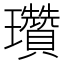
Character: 瓚